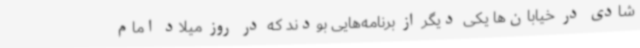
شادی در خیابان‌ها یکی دیگر از برنامه‌هایی بودند که در روز میلاد امام